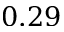
0 . 2 9